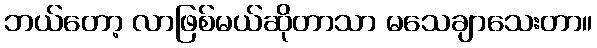
ဘယ်တော့ လာဖြစ်မယ်ဆိုတာသာ မသေချာသေးတာ။